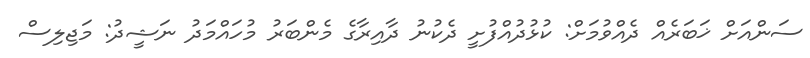
ސަންއަށް ޚަބަރެއް ދެއްވުމަށް: ކުޅުދުއްފުށީ ދެކުނު ދާއިރާގެ މެންބަރު މުހައްމަދު ނަޝީދު: މަޖިލިސް